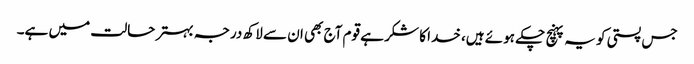
جس پستی کو یہ پہنچ چکے ہوئے ہیں، خدا کا شکر ہے قوم آج بھی ان سے لاکھ درجہ بہتر حالت میں ہے۔